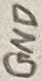
Text: GND